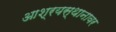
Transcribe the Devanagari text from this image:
आश्रयस्थानावर